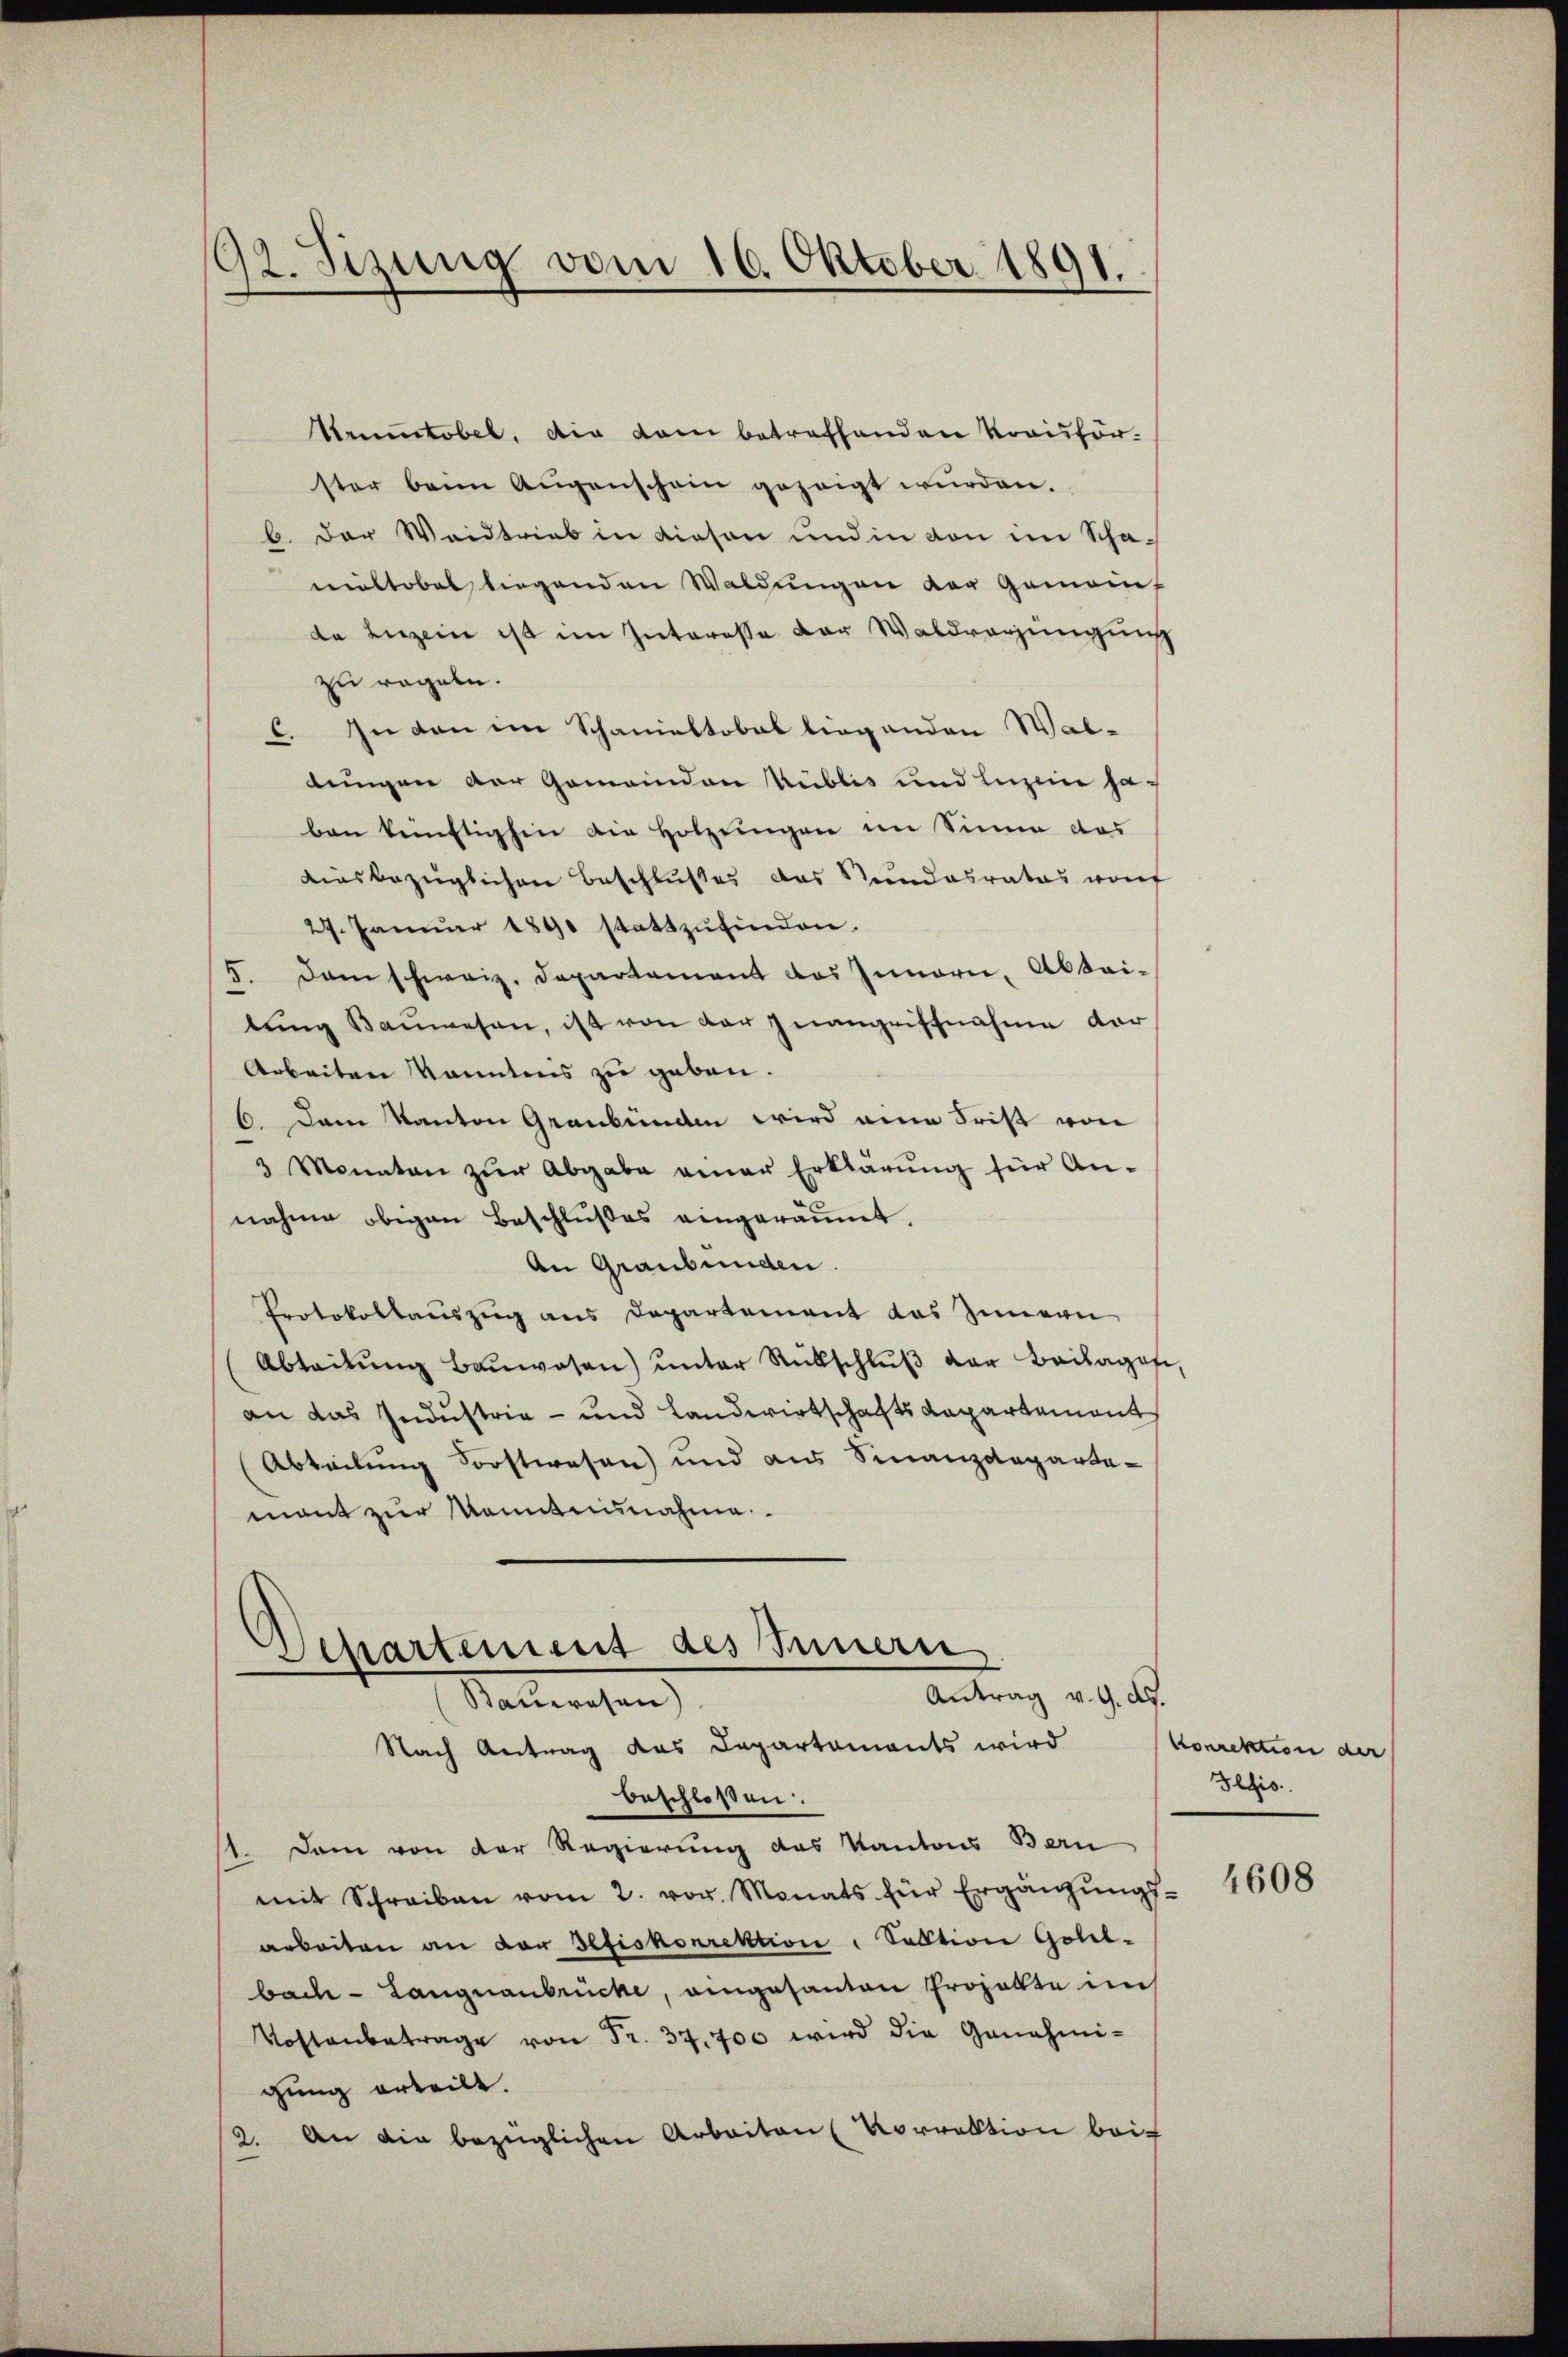
192. Sizung vom 16. Oktober 1891.

Krumtobel, die dem betreffenden Kreisför-
ster beim Augenschein gezeigt wurden.
b. Der Weidtrieb in diesen und in von im Schamiltobel liegenden Waldungen der Gemein-
da Luzern ist im Interessa der Waldragjüngung
zu regeln.
In den im Schanieltobel liegenden Was-
C.
lungen der Gemeinden Publis und Luzern ha-
ben künftighin die Holzlingen im Sinne das
aiesbezüglichen Beschlußes das Stundesrates vonf
29. Januar 1890 stattzŭfinden.
5. Dem schweiz. Departement des Innern, Abtai-
tŭng Baŭwesen, ist von der Inangriffnahme der
Arbeiten kanntens zu geben.
6. Dem Kanton Graubünden wird eine Frist von
3 Monaten zŭr Abgabe einer Erklärung für An-
nahme obigen Beschlußes eingeräumt.
An Graubünden.
Protokollauszug aus Departement das Innern
Abteilŭng Baŭwesen ŭnter Rückschlŭβ der Beilagef
an das Industria - und Landwirtschafts Kapartement
Abteilung Forstwesen und aus Finanzdeparte-
mant zur Kenntnisnahme
Departement des Innern
Antrag v. 9. ds.
Stallwesen
Nach Antrag das Departaments wird
beschloßen:
1. Dem von der Regierung des Kantons Bern
mit Schreiben vom 2. vor. Monats für Ergänzŭngs-
arbeiten an der Gefiskorrektion, Salltion Goll-
bach - Langnaubrücke, eingesanten Projekte im
Vostanbetrage von Fr. 37,700 wird die Genehmi-
gung erteilt.
An die bezüglichen Arbeiten (Vorrektion bei-
2.

Korrektion der
Iltis.

4608